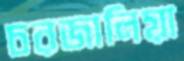
চরজালিয়া